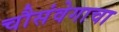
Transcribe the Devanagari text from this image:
चौसंवेगाचा